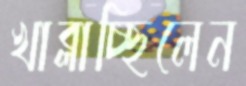
খাব্‌লাচ্ছিলেন